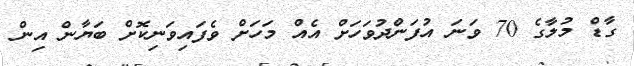
ގާޑް މުލާގެ 70 ވަނަ އުފަންދުވަހަށް އެއް މަހަށް ވެފައިވަނިކޮށް ބަޔާން އިން